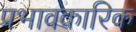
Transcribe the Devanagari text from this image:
प्रभावकारिक